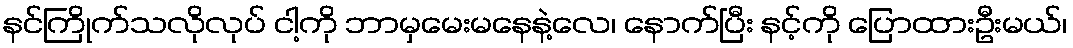
နင်ကြိုက်သလိုလုပ် ငါ့ကို ဘာမှမေးမနေနဲ့လေ၊ နောက်ပြီး နင့်ကို ပြောထားဦးမယ်၊